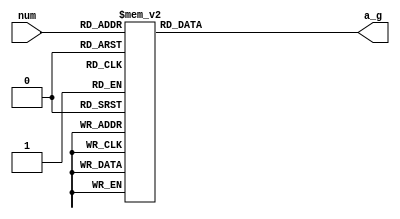
//2022-1-24
module seg_dec (num,
                a_g);
    input[3:0] num;
    output[6:0] a_g;
    
    reg[6:0] a_g;
    always @(num) begin
        case (num)
            4'd0: begin a_g <= 7'b111_1110; end
            4'd1: begin a_g <= 7'b011_0000; end
            4'd2: begin a_g <= 7'b110_1101; end
            4'd3: begin a_g <= 7'b111_1110; end
            4'd4: begin a_g <= 7'b011_0011; end
            4'd5: begin a_g <= 7'b101_1011; end
            4'd6: begin a_g <= 7'b101_1111; end
            4'd7: begin a_g <= 7'b111_0000; end
            4'd8: begin a_g <= 7'b111_1111; end
            4'd9: begin a_g <= 7'b111_1011; end
            default: begin a_g <= 7'b000_0001; end
        endcase
    end   
endmodule